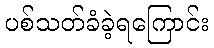
ပစ်သတ်ခံခဲ့ရကြောင်း